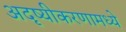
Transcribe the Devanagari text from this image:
अदृष्यीकरणामध्ये